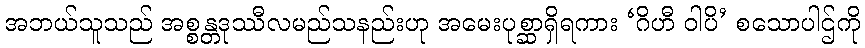
အဘယ်သူသည် အစ္စန္တဒုဿီလမည်သနည်းဟု အမေးပုစ္ဆာရှိရကား ‘ဂိဟီ ဝါပိ’ စသောပါဌ်ကို